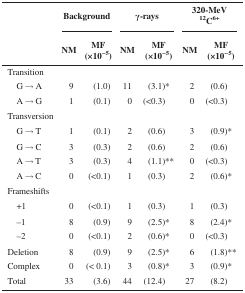
<table><thead><tr><td></td><td colspan="2"><b>Background</b></td><td colspan="2"><b>γ-rays</b></td><td colspan="2"><b>320-MeV <sup>12</sup>C<sup>6+</sup></b></td></tr><tr><td></td><td><b>NM</b></td><td><b>MF (×10<sup>−5</sup>)</b></td><td><b>NM</b></td><td><b>MF (×10<sup>−5</sup>)</b></td><td><b>NM</b></td><td><b>MF (×10<sup>−5</sup>)</b></td></tr></thead><tbody><tr><td>Transition</td><td></td><td></td><td></td><td></td><td></td><td></td></tr><tr><td> G → A</td><td>9</td><td>(1.0)</td><td>11</td><td>(3.1)*</td><td>2</td><td>(0.6)</td></tr><tr><td> A → G</td><td>1</td><td>(0.1)</td><td>0</td><td>(&lt;0.3)</td><td>0</td><td>(&lt;0.3)</td></tr><tr><td>Transversion</td><td></td><td></td><td></td><td></td><td></td><td></td></tr><tr><td> G → T</td><td>1</td><td>(0.1)</td><td>2</td><td>(0.6)</td><td>3</td><td>(0.9)*</td></tr><tr><td> G → C</td><td>3</td><td>(0.3)</td><td>2</td><td>(0.6)</td><td>2</td><td>(0.6)</td></tr><tr><td> A → T</td><td>3</td><td>(0.3)</td><td>4</td><td>(1.1)**</td><td>0</td><td>(&lt;0.3)</td></tr><tr><td> A → C</td><td>0</td><td>(&lt;0.1)</td><td>1</td><td>(0.3)</td><td>2</td><td>(0.6)*</td></tr><tr><td>Frameshifts</td><td></td><td></td><td></td><td></td><td></td><td></td></tr><tr><td> +1</td><td>0</td><td>(&lt;0.1)</td><td>1</td><td>(0.3)</td><td>1</td><td>(0.3)</td></tr><tr><td> –1</td><td>8</td><td>(0.9)</td><td>9</td><td>(2.5)*</td><td>8</td><td>(2.4)*</td></tr><tr><td> –2</td><td>0</td><td>(&lt;0.1)</td><td>2</td><td>(0.6)*</td><td>0</td><td>(&lt;0.3)</td></tr><tr><td>Deletion</td><td>8</td><td>(0.9)</td><td>9</td><td>(2.5)*</td><td>6</td><td>(1.8)**</td></tr><tr><td>Complex</td><td>0</td><td>(&lt; 0.1)</td><td>3</td><td>(0.8)*</td><td>3</td><td>(0.9)*</td></tr><tr><td>Total</td><td>33</td><td>(3.6)</td><td>44</td><td>(12.4)</td><td>27</td><td>(8.2)</td></tr></tbody></table>